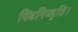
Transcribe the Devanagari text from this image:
पिंडनिज्जुति।